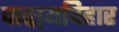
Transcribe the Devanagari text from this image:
वाङ्मयविहार